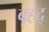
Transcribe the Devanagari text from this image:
बृहंद्